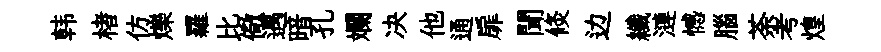
韩楮仿爍羅比儆遇暗孔斕决他通扉聞倐边纖漣憾腦荼考煌